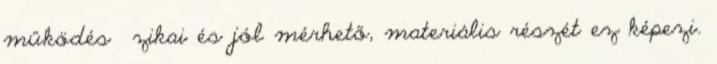
működés ﬁzikai és jól mérhető, materiális részét ez képezi.